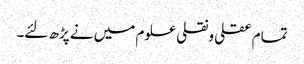
تمام عقلی ونقلی علوم میں نے پڑھ لئے۔